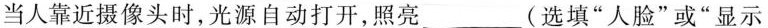
当人靠近摄像头时，光源自动打开，照亮___(选填”人脸”或”显示